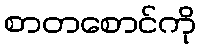
စာတစောင်ကို